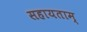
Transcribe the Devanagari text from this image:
सहायताम्